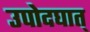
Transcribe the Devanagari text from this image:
उपोदघात्‌